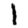
Digit: 1